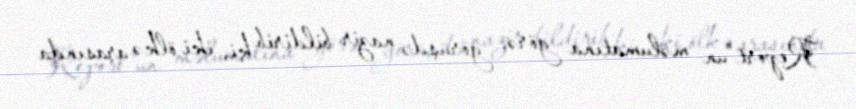
Report"un məlumatına görə, görüşdə nazir bildirib ki, iki ölkə arasında